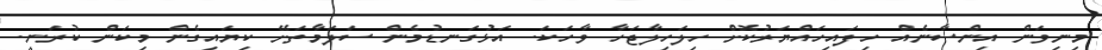
މިނިވަން އިންސާނެއް ހިފައިހައްޔަރުކޮށް ހިލަހިލާޖަހާ ވާހަކަ. އަޅުގަނޑުމެން ސަލަމާތަށޭ ކިޔައިގެން މިކަން ކުރަނީ.